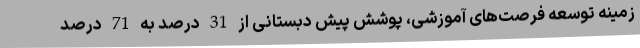
زمینه توسعه فرصت‌های آموزشی، پوشش پیش دبستانی از 31 درصد به 71 درصد